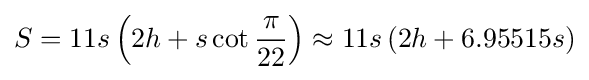
S=11s\left(2h+s\cot {\frac {\pi }{22}}\right)\approx 11s\left(2h+6.95515s\right)